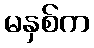
မနှစ်က